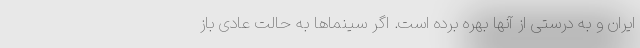
ایران و به درستی از آنها بهره برده است. اگر سینماها به حالت عادی باز